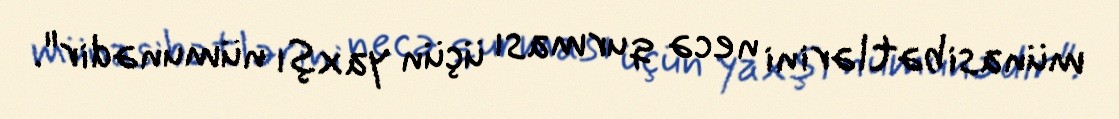
münasibətlərini necə qurması üçün yaxşı nümunədir".